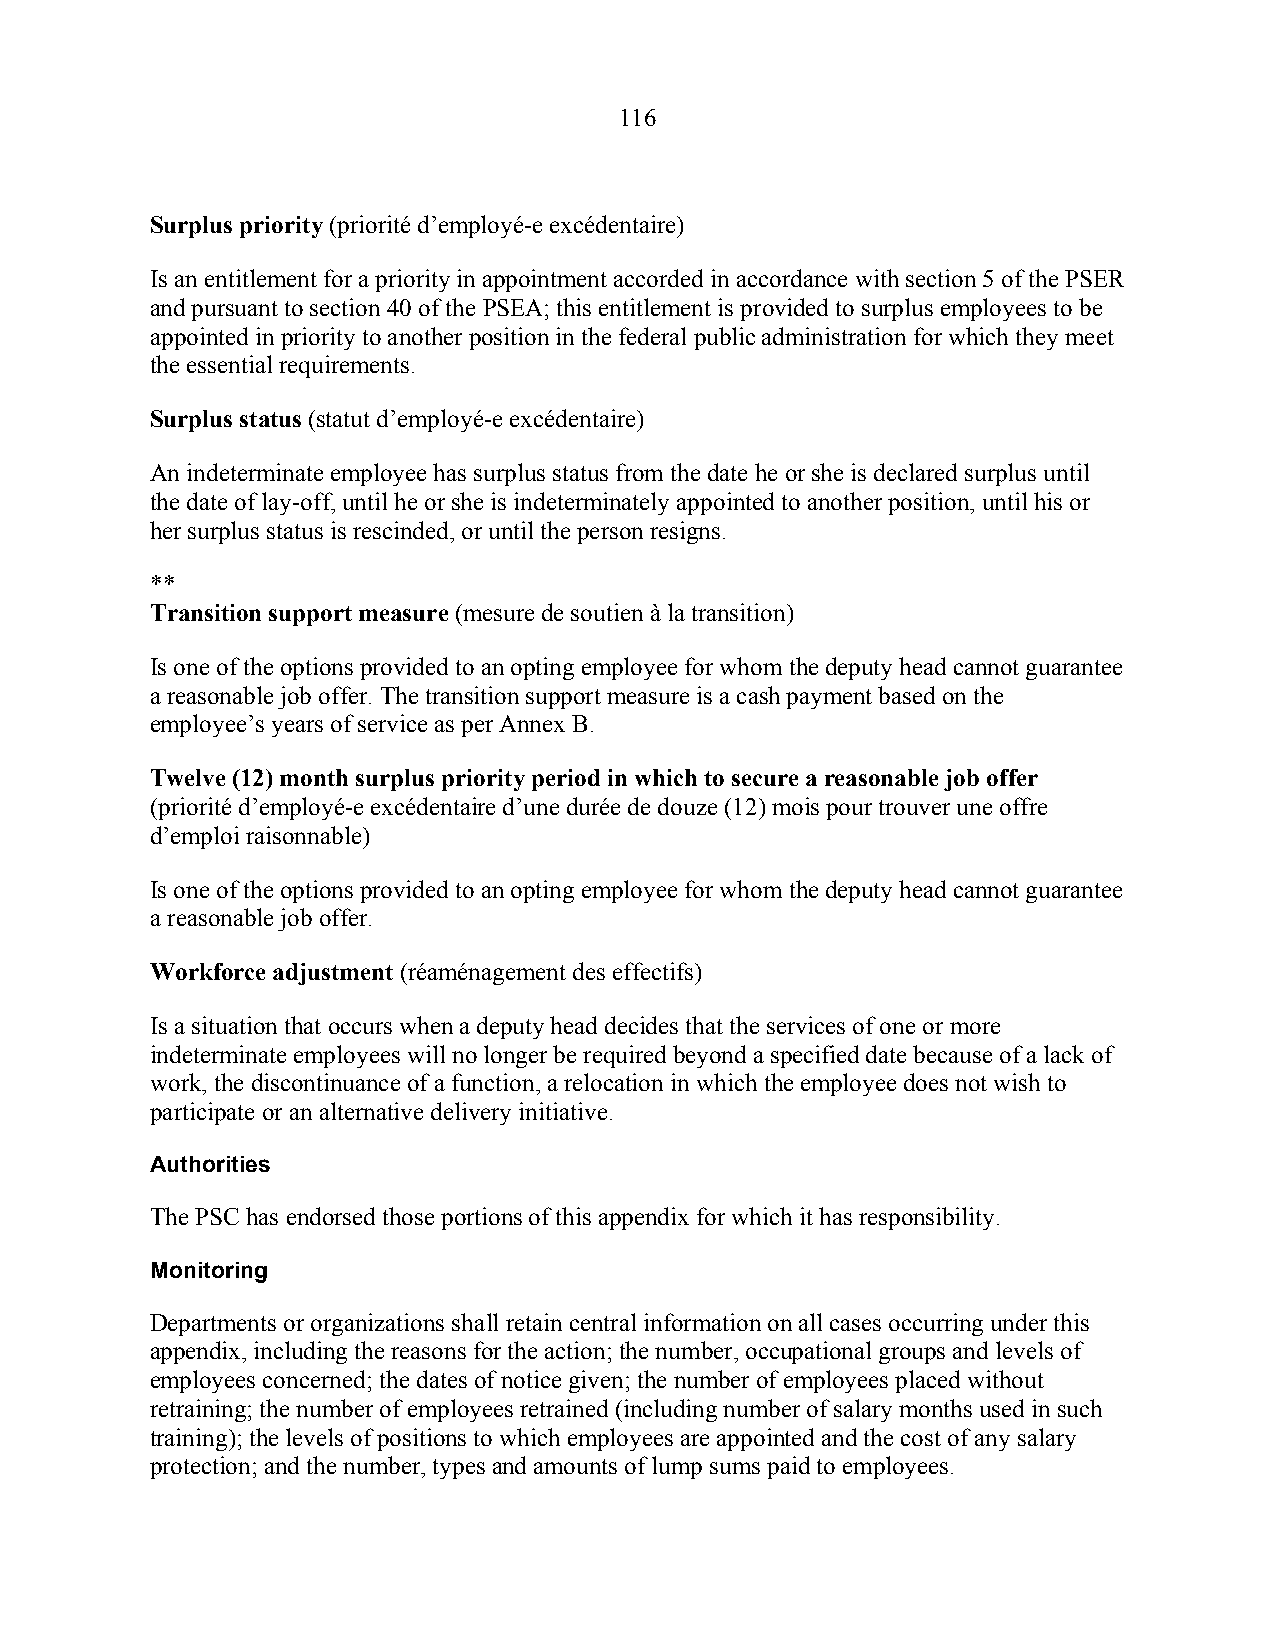
116
 Surplus priority (priorité d’employé-e excédentaire)
 Is an entitlement for a priority in appointment accorded in accordance with section 5 of the PSER
 and pursuant to section 40 of the PSEA; this entitlement is provided to surplus employees to be
 appointed in priority to another position in the federal public administration for which they meet
 the essential requirements.
 Surplus status (statut d’employé-e excédentaire)
 An indeterminate employee has surplus status from the date he or she is declared surplus until
 the date of lay-off, until he or she is indeterminately appointed to another position, until his or
 her surplus status is rescinded, or until the person resigns.
 **
 Transition support measure (mesure de soutien à la transition)
 Is one of the options provided to an opting employee for whom the deputy head cannot guarantee
 a reasonable job offer. The transition support measure is a cash payment based on the
 employee’s years of service as per Annex B.
 Twelve (12) month surplus priority period in which to secure a reasonable job offer
 (priorité d’employé-e excédentaire d’une durée de douze (12) mois pour trouver une offre
 d’emploi raisonnable)
 Is one of the options provided to an opting employee for whom the deputy head cannot guarantee
 a reasonable job offer.
 Workforce adjustment (réaménagement des effectifs)
 Is a situation that occurs when a deputy head decides that the services of one or more
 indeterminate employees will no longer be required beyond a specified date because of a lack of
 work, the discontinuance of a function, a relocation in which the employee does not wish to
 participate or an alternative delivery initiative.
 Authorities
 The PSC has endorsed those portions of this appendix for which it has responsibility.
 Monitoring
 Departments or organizations shall retain central information on all cases occurring under this
 appendix, including the reasons for the action; the number, occupational groups and levels of
 employees concerned; the dates of notice given; the number of employees placed without
 retraining; the number of employees retrained (including number of salary months used in such
 training); the levels of positions to which employees are appointed and the cost of any salary
 protection; and the number, types and amounts of lump sums paid to employees.